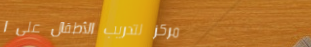
مركز لتدريب الأطفال على ا